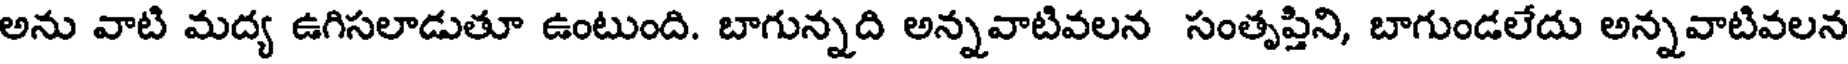
అను వాటి మద్య ఉగిసలాడుతూ ఉంటుంది. బాగున్నది అన్నవాటివలన సంతృప్తిని, బాగుండలేదు అన్నవాటివలన